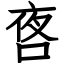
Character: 㖱